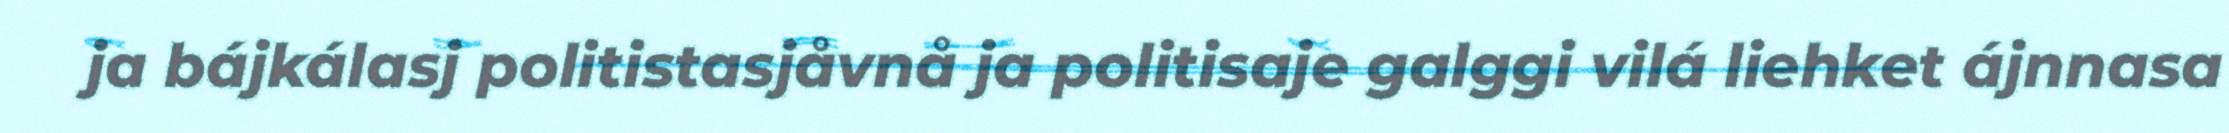
ja bájkálasj politistasjåvnå ja politisaje galggi vilá liehket ájnnasa